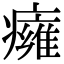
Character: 癕